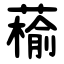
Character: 䕆